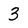
Character: 3